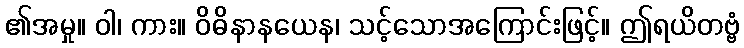
၏အမှု။ ဝါ၊ ကား။ ဝိဓိနာနယေန၊ သင့်သောအကြောင်းဖြင့်။ ဤရယိတဗ္ဗံ